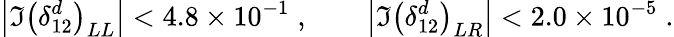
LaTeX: \left|\Im\left(\delta_{12}^{d}\right)_{LL}\right|<4.8\times 10^{-1}\; ,\qquad\left|\Im\left(\delta_{12}^{d}\right)_{LR}\right|<2.0\times 10^{-5}\; .